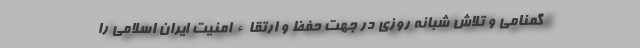
گمنامی و تلاش شبانه روزی در جهت حفظ و ارتقاء امنیت ایران اسلامی را